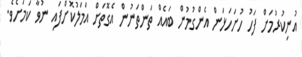
އުނިކުރުމަށް ފަހު ހުށަހަޅަން އެންގުމުން ބައެއް ތަންތަނުން އެގޮތަށް އަމަލުކޮށްފައި ނުވާ ކަމަށެވެ.